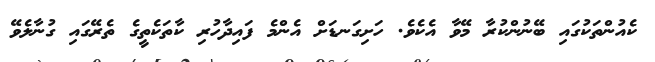
ކެއުންތަކުގައި ބޭނުންކުރާ މޭވާ އެކެވެ. ހަށިގަނޑަށް އެންމެ ފައިދާހުރި ކާތަކެތީގެ ތެރޭގައި ގުނާލެވޭ